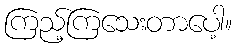
ကြည့်ကြသေးတာပေါ့။